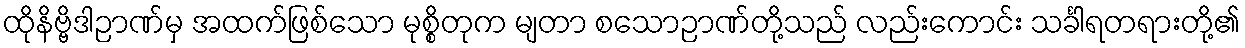
ထိုနိဗ္ဗိဒါဉာဏ်မှ အထက်ဖြစ်သော မုစ္စိတုက မျတာ စသောဉာဏ်တို့သည် လည်းကောင်း သင်္ခါရတရားတို့၏